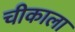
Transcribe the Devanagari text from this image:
चीकाला